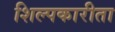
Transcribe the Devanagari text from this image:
शिल्पकारीता